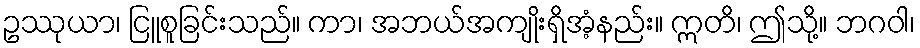
ဥဿုယာ၊ ငြူစူခြင်းသည်။ ကာ၊ အဘယ်အကျိုးရှိအံ့နည်း။ ဣတိ၊ ဤသို့။ ဘဂဝါ၊